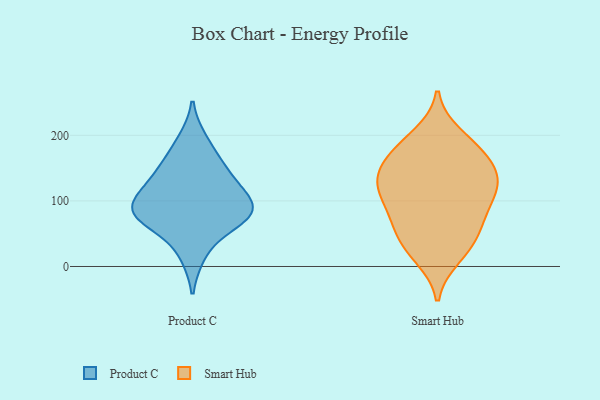
{"axis": {"x": "Headcount", "y": "Value"}, "legend": ["Product C", "Smart Hub"], "data": [{"x": "", "y": 131, "type": "Product C"}, {"x": "", "y": 87, "type": "Product C"}, {"x": "", "y": 74, "type": "Product C"}, {"x": "", "y": 74, "type": "Product C"}, {"x": "", "y": 192, "type": "Product C"}, {"x": "", "y": 97, "type": "Product C"}, {"x": "", "y": 111, "type": "Product C"}, {"x": "", "y": 18, "type": "Product C"}, {"x": "", "y": 141, "type": "Product C"}, {"x": "", "y": 87, "type": "Product C"}, {"x": "", "y": 160, "type": "Product C"}, {"x": "", "y": 69, "type": "Product C"}, {"x": "", "y": 86, "type": "Smart Hub"}, {"x": "", "y": 170, "type": "Smart Hub"}, {"x": "", "y": 128, "type": "Smart Hub"}, {"x": "", "y": 56, "type": "Smart Hub"}, {"x": "", "y": 15, "type": "Smart Hub"}, {"x": "", "y": 110, "type": "Smart Hub"}, {"x": "", "y": 188, "type": "Smart Hub"}, {"x": "", "y": 164, "type": "Smart Hub"}, {"x": "", "y": 71, "type": "Smart Hub"}, {"x": "", "y": 119, "type": "Smart Hub"}, {"x": "", "y": 124, "type": "Smart Hub"}, {"x": "", "y": 200, "type": "Smart Hub"}, {"x": "", "y": 136, "type": "Smart Hub"}, {"x": "", "y": 73, "type": "Smart Hub"}, {"x": "", "y": 30, "type": "Smart Hub"}, {"x": "", "y": 166, "type": "Smart Hub"}, {"x": "", "y": 131, "type": "Smart Hub"}, {"x": "", "y": 31, "type": "Smart Hub"}]}